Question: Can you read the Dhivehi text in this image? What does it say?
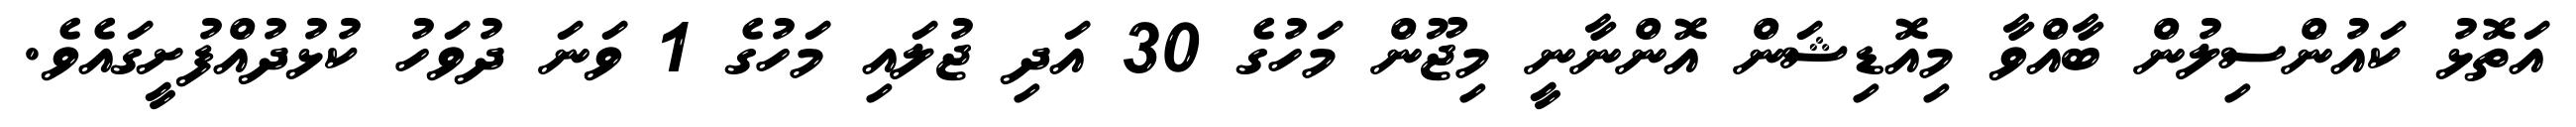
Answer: އަތޮޅު ކައުންސިލުން ބާއްވާ މިއޮޑިޝަން އޮންނާނީ މިޖޫން މަހުގެ 30 އަދި ޖުލައި މަހުގެ 1 ވަނަ ދުވަހު ކުޅުދުއްފުށީގައެވެ.